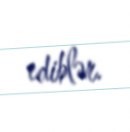
ediblər.